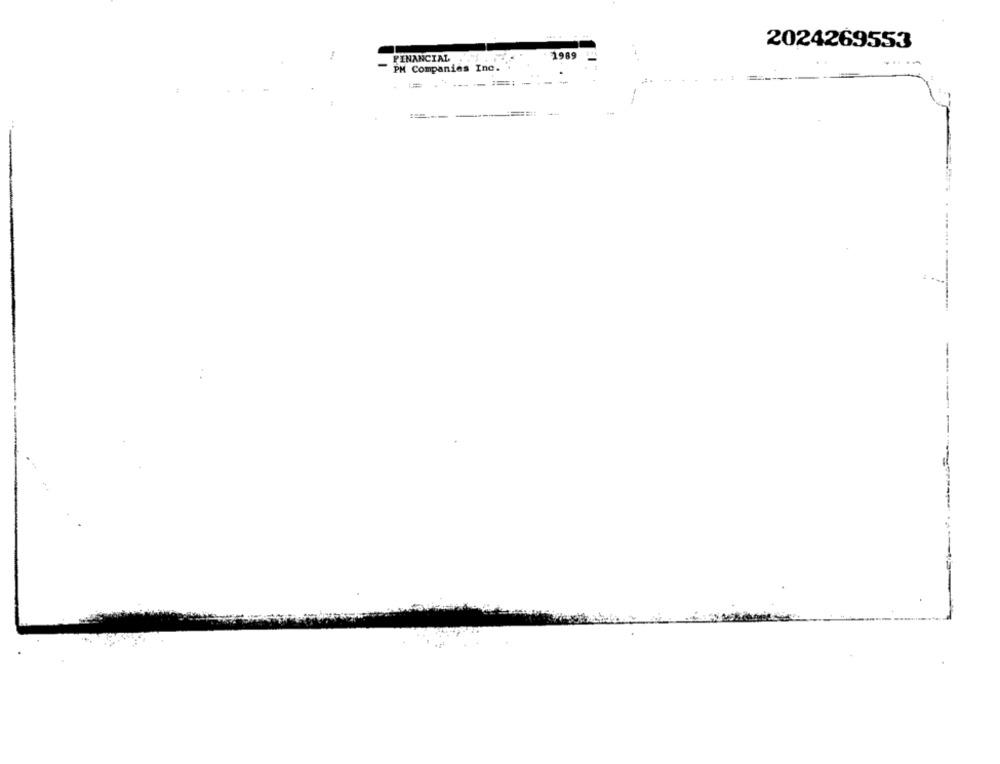
2024269553
FINANCIAL
1989
PM Companies Inc.
-.
----